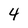
Character: 4